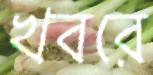
খবরে